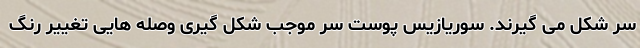
سر شکل می گیرند. سوریازیس پوست سر موجب شکل گیری وصله هایی تغییر رنگ